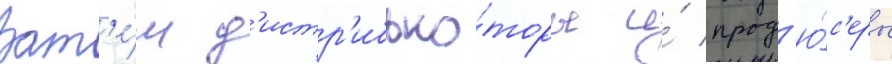
Зат'е́м д'истр'ибью́торы и́ прод'ю́с'еры